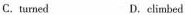
c. turned D.climbed